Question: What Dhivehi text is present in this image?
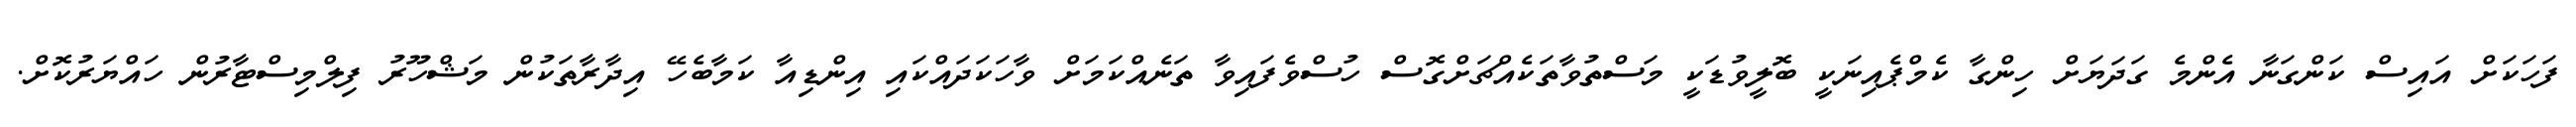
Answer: ފަހަކަށް އައިސް ކަންގަނާ އެންމެ ގަދަޔަށް ހިންގާ ކެމްޕެއިނަކީ ބޮލީވުޑަކީ މަސްތުވާތަކެއްޗަށްގޮސް ހުސްވެފައިވާ ތަނެއްކަމަށް ވާހަކަދައްކައި އިންޑިއާ ކަމާބެހޭ އިދާރާތަކުން މަޝްހޫރު ފިލްމިސްޓާރުން ހައްޔަރުކޮށް.